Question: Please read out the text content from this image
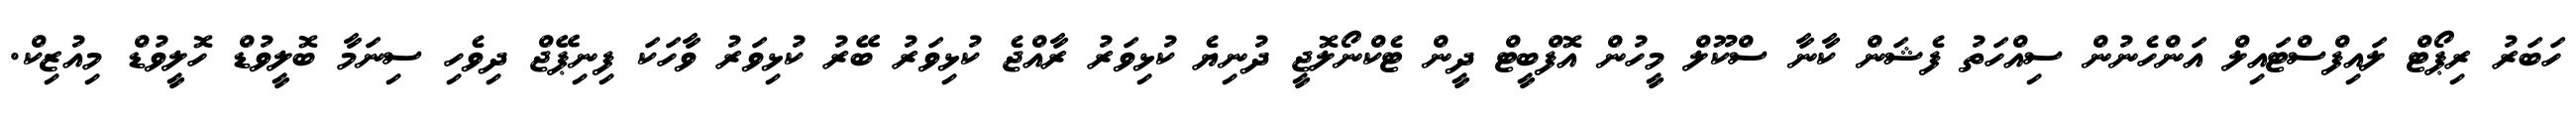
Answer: ހަބަރު ރިޕޯޓް ލައިފްސްޓައިލް އަންހެނުން ސިއްހަތު ފެޝަން ކާނާ ސްކޫލް މީހުން އޮފްބީޓް ދީން ޓެކްނޯލޮޖީ ދުނިޔެ ކުޅިވަރު ރާއްޖެ ކުޅިވަރު ބޭރު ކުޅިވަރު ވާހަކަ ފިނިޕޭޖް ދިވެހި ސިނަމާ ބޮލީވުޑް ހޮލީވުޑް މިއުޒިކް.